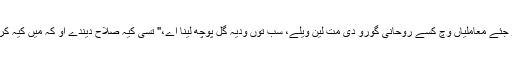
ایہو جئے معاملیاں وچ کسے روحانی گورو دی مت لین ویلے، سب توں ودیہ گل پوچھ لینا اے،" تسی کیہ صلاح دیندے او کہ میں کیہ کراں؟